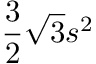
{ \frac { 3 } { 2 } } { \sqrt { 3 } } s ^ { 2 } \,